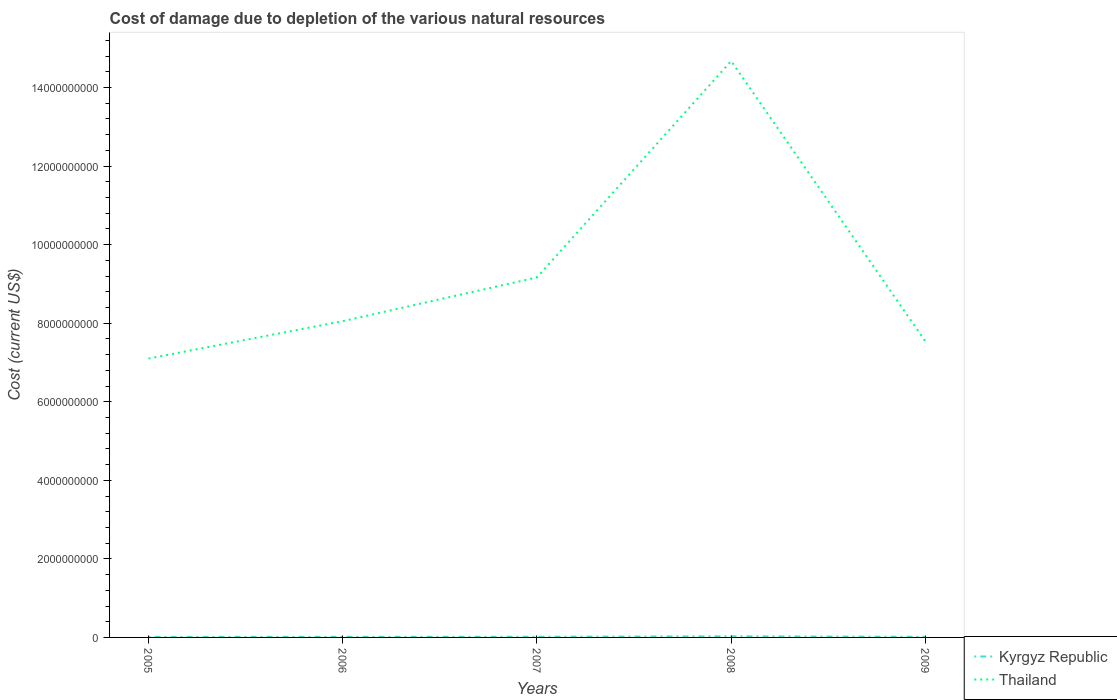
| Years | Kyrgyz Republic | Thailand |
 | --- | --- | --- |
 | 2005 | 1.52e+07 | 7.1e+09 |
 | 2006 | 1.58e+07 | 8.05e+09 |
 | 2007 | 1.73e+07 | 9.17e+09 |
 | 2008 | 2.81e+07 | 1.47e+10 |
 | 2009 | 1.58e+07 | 7.54e+09 |